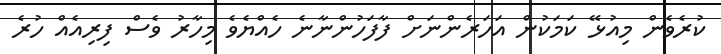
ކުރެވެން މިއުޅޭ ކަމަކުން އަހަރެންނަށް ފާފަހުންނާނެ ހެއްޔެވެ މިހާރު ވެސް ފިރިއެއް ހުރެ